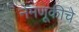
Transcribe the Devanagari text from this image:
नेमणूकीचे